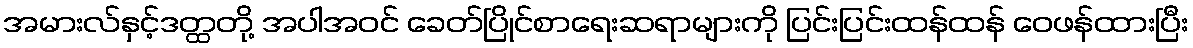
အမားလ်နှင့်ဒတ္ထတို့ အပါအဝင် ခေတ်ပြိုင်စာရေးဆရာများကို ပြင်းပြင်းထန်ထန် ဝေဖန်ထားပြီး